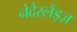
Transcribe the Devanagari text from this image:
नेदेरलैंड्ज़